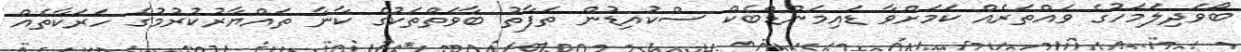
ބޯވަދިލަމަހުގެ ވައްތަރެއް ކަމަށްވާ ޑައިމަންޑްބެކް ސްކުއިޑުން ތަފާތު ބާވަތްތަކުގެ ކާނާ ތައްޔާރުކުރުމުގެ ހަރަކާތެއް